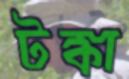
টঙ্কা